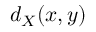
d _ { X } ( x , y )